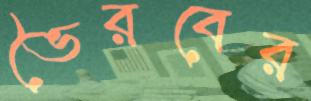
ভৈরবের